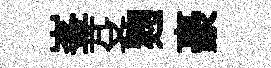
峯芟麹豪